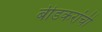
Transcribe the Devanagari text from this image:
बीडकरांची